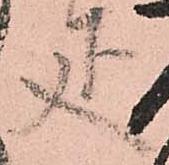
疋